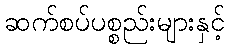
ဆက်စပ်ပစ္စည်းများနှင့်